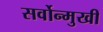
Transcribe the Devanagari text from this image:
सर्वोन्मुखी